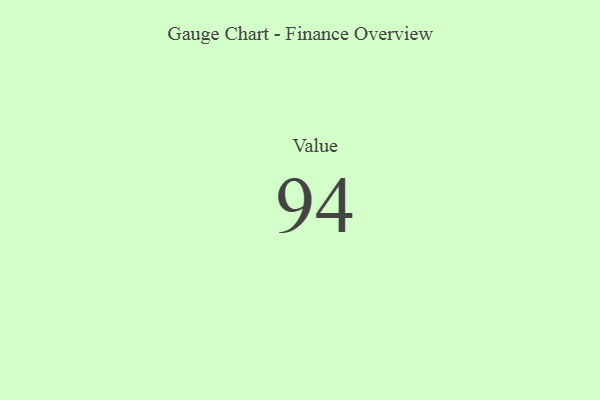
{"axis": {"x": "Metric", "y": "Value"}, "legend": [""], "data": [{"x": "Value", "y": 94, "type": ""}]}